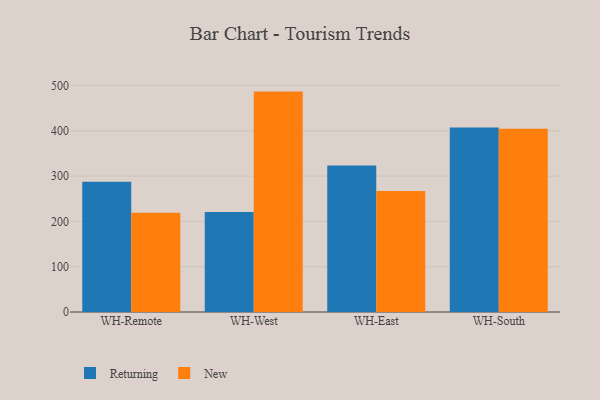
{"axis": {"x": "Warehouse", "y": "Backlog"}, "legend": ["New", "Returning"], "data": [{"x": "WH-Remote", "y": 287.7, "type": "Returning"}, {"x": "WH-Remote", "y": 219.0, "type": "New"}, {"x": "WH-West", "y": 220.8, "type": "Returning"}, {"x": "WH-West", "y": 486.7, "type": "New"}, {"x": "WH-East", "y": 323.3, "type": "Returning"}, {"x": "WH-East", "y": 267.3, "type": "New"}, {"x": "WH-South", "y": 407.6, "type": "Returning"}, {"x": "WH-South", "y": 404.4, "type": "New"}]}